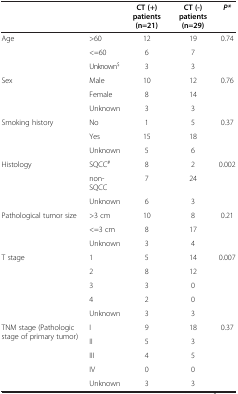
<table><thead><tr><td colspan="2"><b> </b></td><td><b>CT (+) patients (n=21)</b></td><td><b>CT (-) patients (n=29)</b></td><td><b><i>P*</i></b></td></tr></thead><tbody><tr><td rowspan="3">Age</td><td>&gt;60</td><td>12</td><td>19</td><td rowspan="2">0.74</td></tr><tr><td>&lt;=60</td><td>6</td><td>7</td></tr><tr><td>Unknown<sup>$</sup></td><td>3</td><td>3</td><td> </td></tr><tr><td rowspan="3">Sex</td><td>Male</td><td>10</td><td>12</td><td rowspan="2">0.76</td></tr><tr><td>Female</td><td>8</td><td>14</td></tr><tr><td>Unknown</td><td>3</td><td>3</td><td> </td></tr><tr><td rowspan="3">Smoking history</td><td>No</td><td>1</td><td>5</td><td rowspan="2">0.37</td></tr><tr><td>Yes</td><td>15</td><td>18</td></tr><tr><td>Unknown</td><td>5</td><td>6</td><td> </td></tr><tr><td rowspan="3">Histology</td><td>SQCC<sup>#</sup></td><td>8</td><td>2</td><td rowspan="2">0.002</td></tr><tr><td>non-SQCC</td><td>7</td><td>24</td></tr><tr><td>Unknown</td><td>6</td><td>3</td><td> </td></tr><tr><td rowspan="3">Pathological tumor size</td><td>&gt;3 cm</td><td>10</td><td>8</td><td rowspan="2">0.21</td></tr><tr><td>&lt;=3 cm</td><td>8</td><td>17</td></tr><tr><td>Unknown</td><td>3</td><td>4</td><td> </td></tr><tr><td rowspan="5">T stage</td><td>1</td><td>5</td><td>14</td><td rowspan="4">0.007</td></tr><tr><td>2</td><td>8</td><td>12</td></tr><tr><td>3</td><td>3</td><td>0</td></tr><tr><td>4</td><td>2</td><td>0</td></tr><tr><td>Unknown</td><td>3</td><td>3</td><td> </td></tr><tr><td rowspan="4">TNM stage (Pathologic stage of primary tumor)</td><td>I</td><td>9</td><td>18</td><td rowspan="4">0.37</td></tr><tr><td>II</td><td>5</td><td>3</td></tr><tr><td>III</td><td>4</td><td>5</td></tr><tr><td>IV</td><td>0</td><td>0</td></tr><tr><td> </td><td>Unknown</td><td>3</td><td>3</td><td> </td></tr></tbody></table>